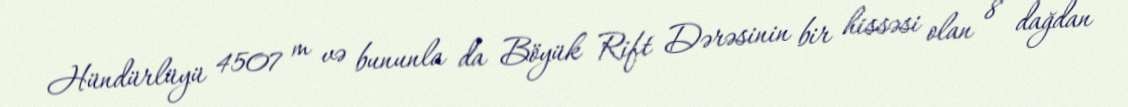
Hündürlüyü 4507 m və bununla da Böyük Rift Dərəsinin bir hissəsi olan 8 dağdan